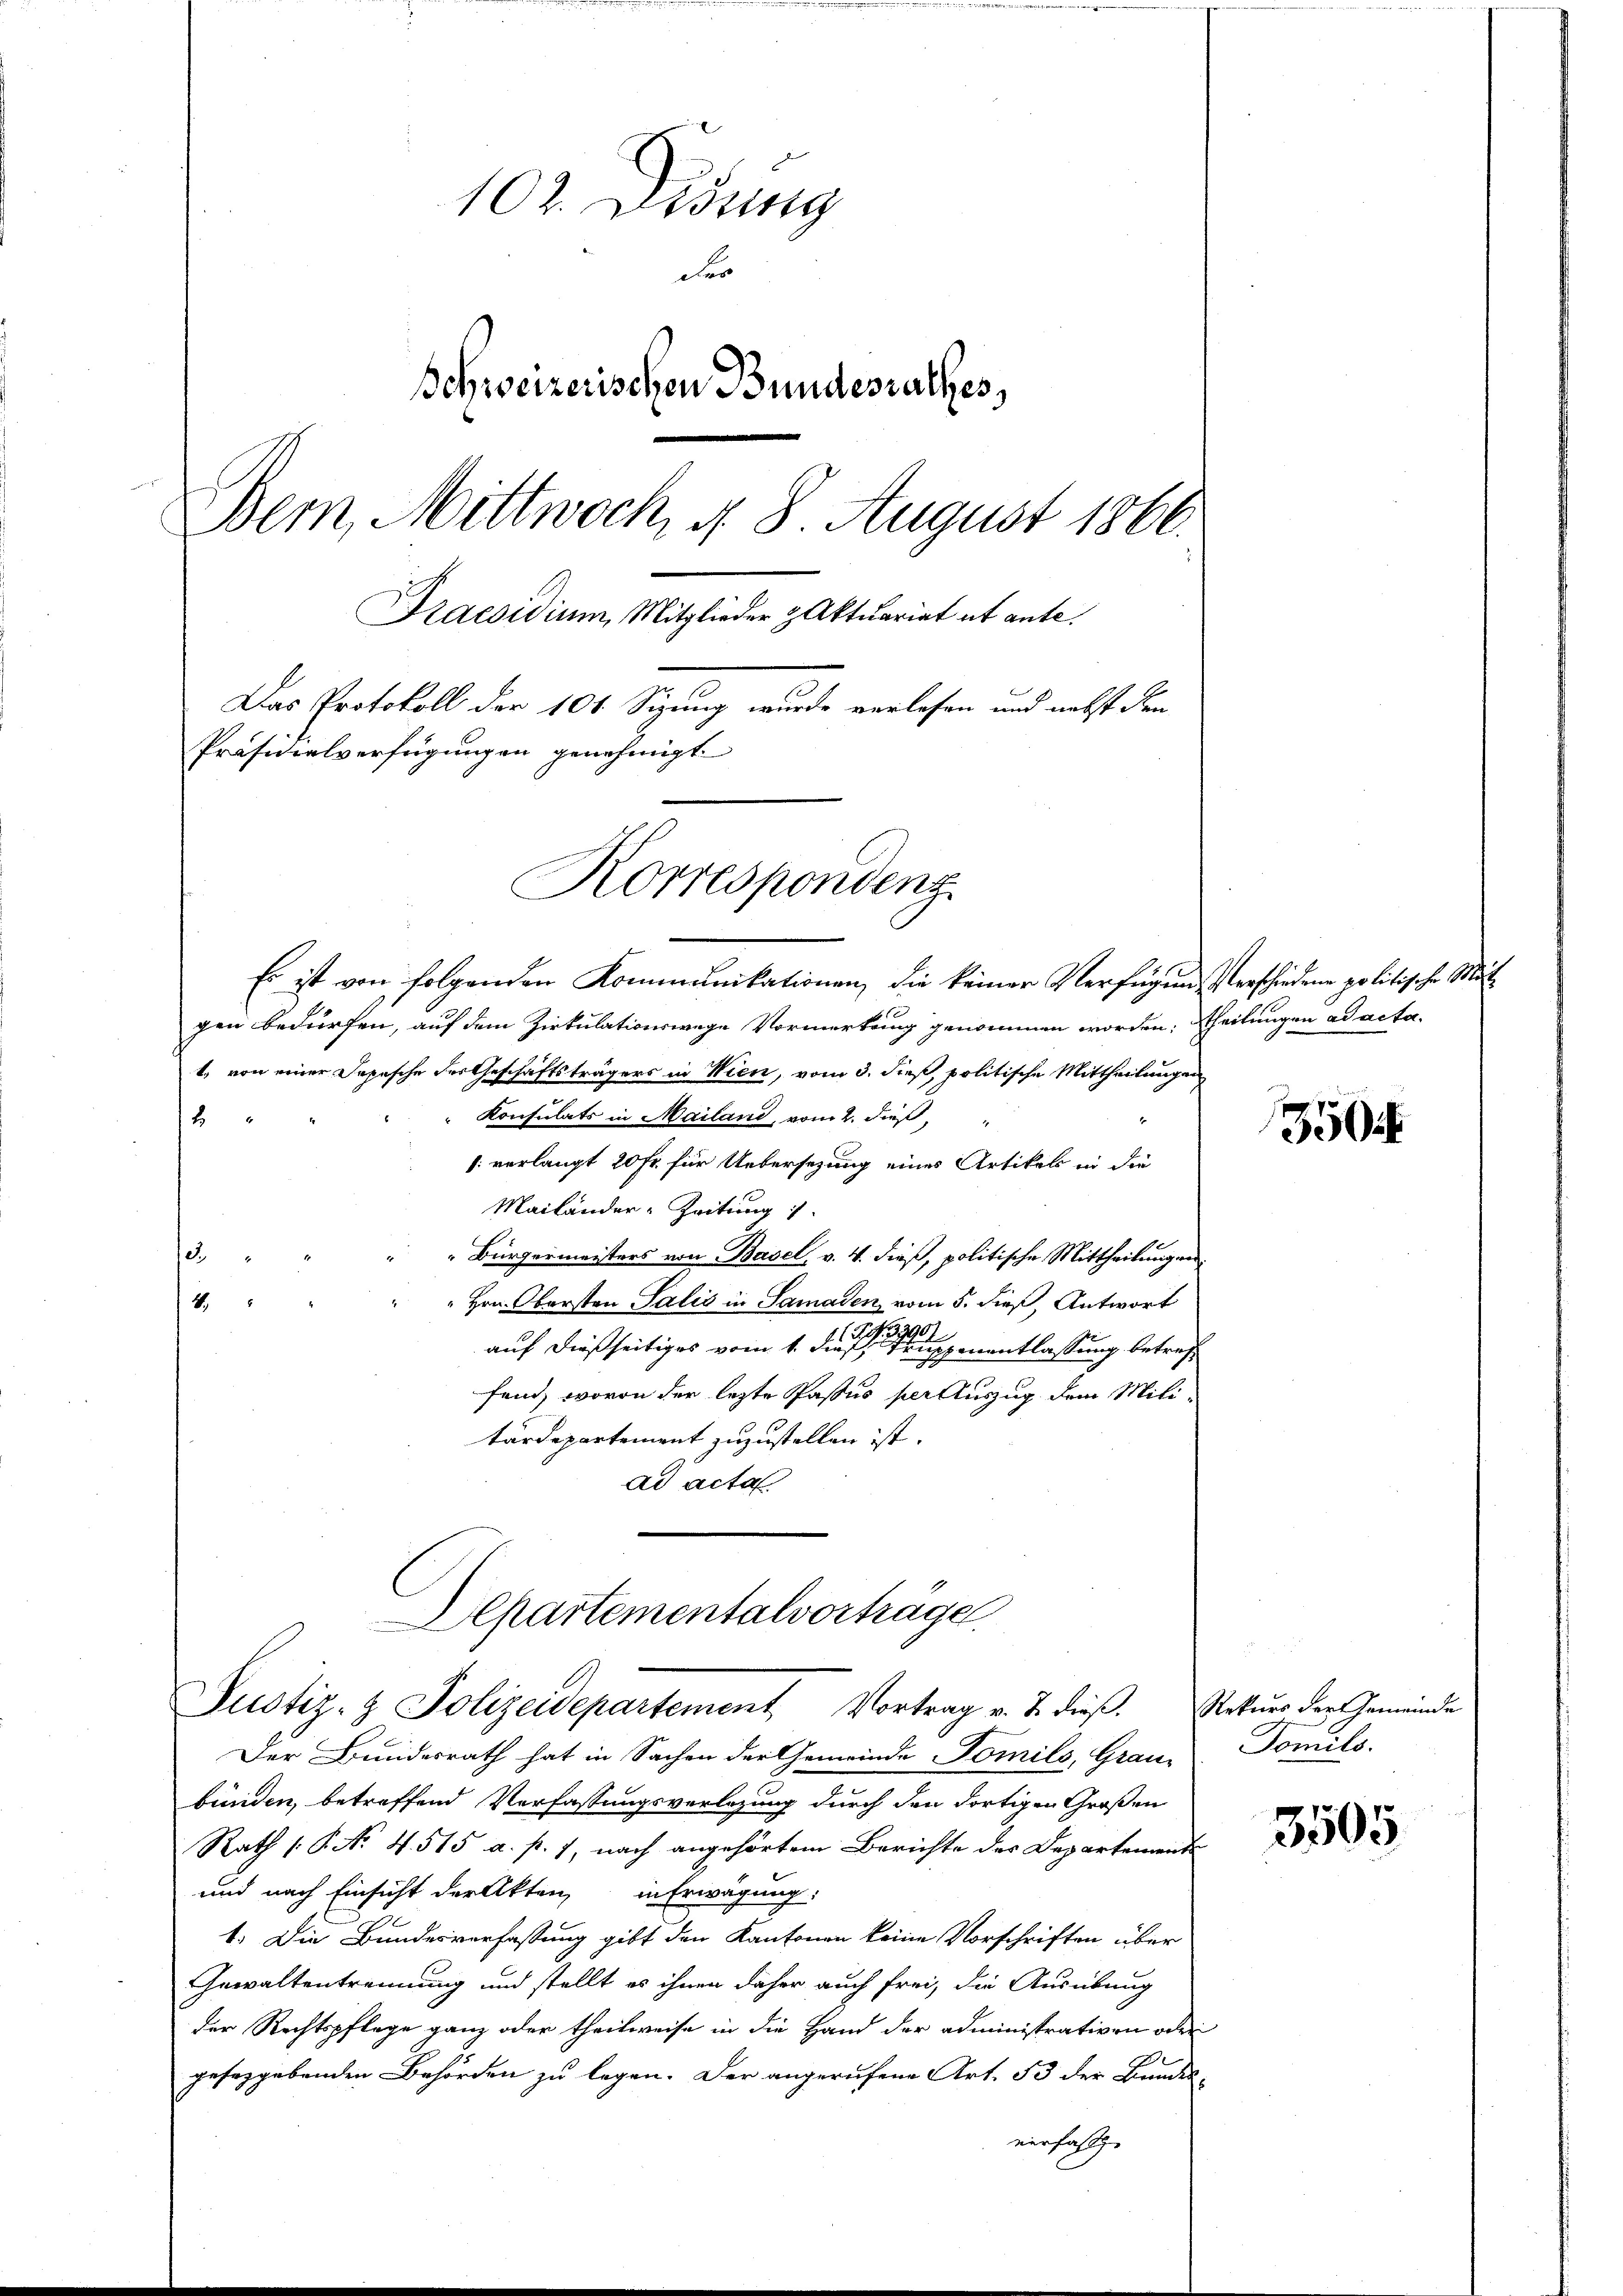
102. Didung
Fer
Schweizerischen Bundesrathes,
Bern, Mittwoch, d. 8 August 1866.
Praesidium Mitglieder & Aktuariat et ante.
Das Protokoll der 101 Sizung wurde verlesen und nebst den
Präsidialverfügungen genehmigt
Korrespondenz

Es ist von folgenden Kommunikationen, die keiner Verfügung verschiedene politische Mitgen bedürfen, auf dem Zirkulationswege Vormerkung genommen worden; theilungen ad acta¬
1., von einer Jopische der Geschäftsträgers in Wien, vom 3. dieß, politische Mittheilungen
Konsulats in Mailand, vom 2. dieß,
2
: verlangt 20 Fr. für Uebersetzung eines Artikels in die
Mailänder-Zeitung
12
„Bürgermeisters von Basel, v. 4. dieß, politische Mittheilungen
" Hrn. Obersten Salis in Samaden, vom 5. dieß, Antwort
4
auf dießseitiges vom 1. die in einer genentlassung betreff
fend, wovon der lezte Passus per Auszug dem Militärdepartement zuzustellen ist.
ad acta
Aepartementalvorträge
Justiz- & Polizeidepartement Vortrag v. J. dieβ.
Der Bundesrath hat in Sachen der Gemeinde Tomils, Grau-
bünden, betreffend Verfassungsverlegung durch den dortigen Großen
Rath (: P. No. 4. 515 a. p. 1, nach angehörtem Berichte des Departements
und nach Einsicht der Akten, in Erwägung:
1. Die Bundesverfassung gibt den Kantonen keine Vorschriften über
Gewaltentrennung und stellt es ihnen daher auch frei, die Ausübung
der Rechtspflege ganz oder theilweise in die Hand der administrativen oder
gesetzgebenden Behörden zu legen. Der angerufene Art. 53 der Bundes-
verfasst. |

350

Rekurs der Gemeinde
Fomils.

3505